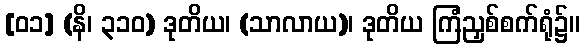
[၀၁] (နိ၊ ၃၁၀) ဒုတိယ၊ (သာလာယ)၊ ဒုတိယ ကြံညှစ်စက်ရုံ၌။